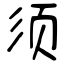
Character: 须